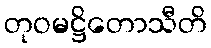
တုဝမဋ္ဌိတောသီတိ